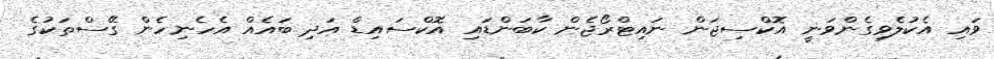
ވައި އެކުލެވިގެންވަނީ އޮކްސިޖަން ނައިޓްރޯޖެން ކާބަންޑައި އޮކްސައިޑް އަދި ބައެއް އެހެނިހެން ގޭސްތަކުގެ